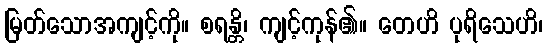
မြတ်သောအကျင့်ကို။ စရန္တိ၊ ကျင့်ကုန်၏။ တေဟိ ပုရိသေဟိ၊